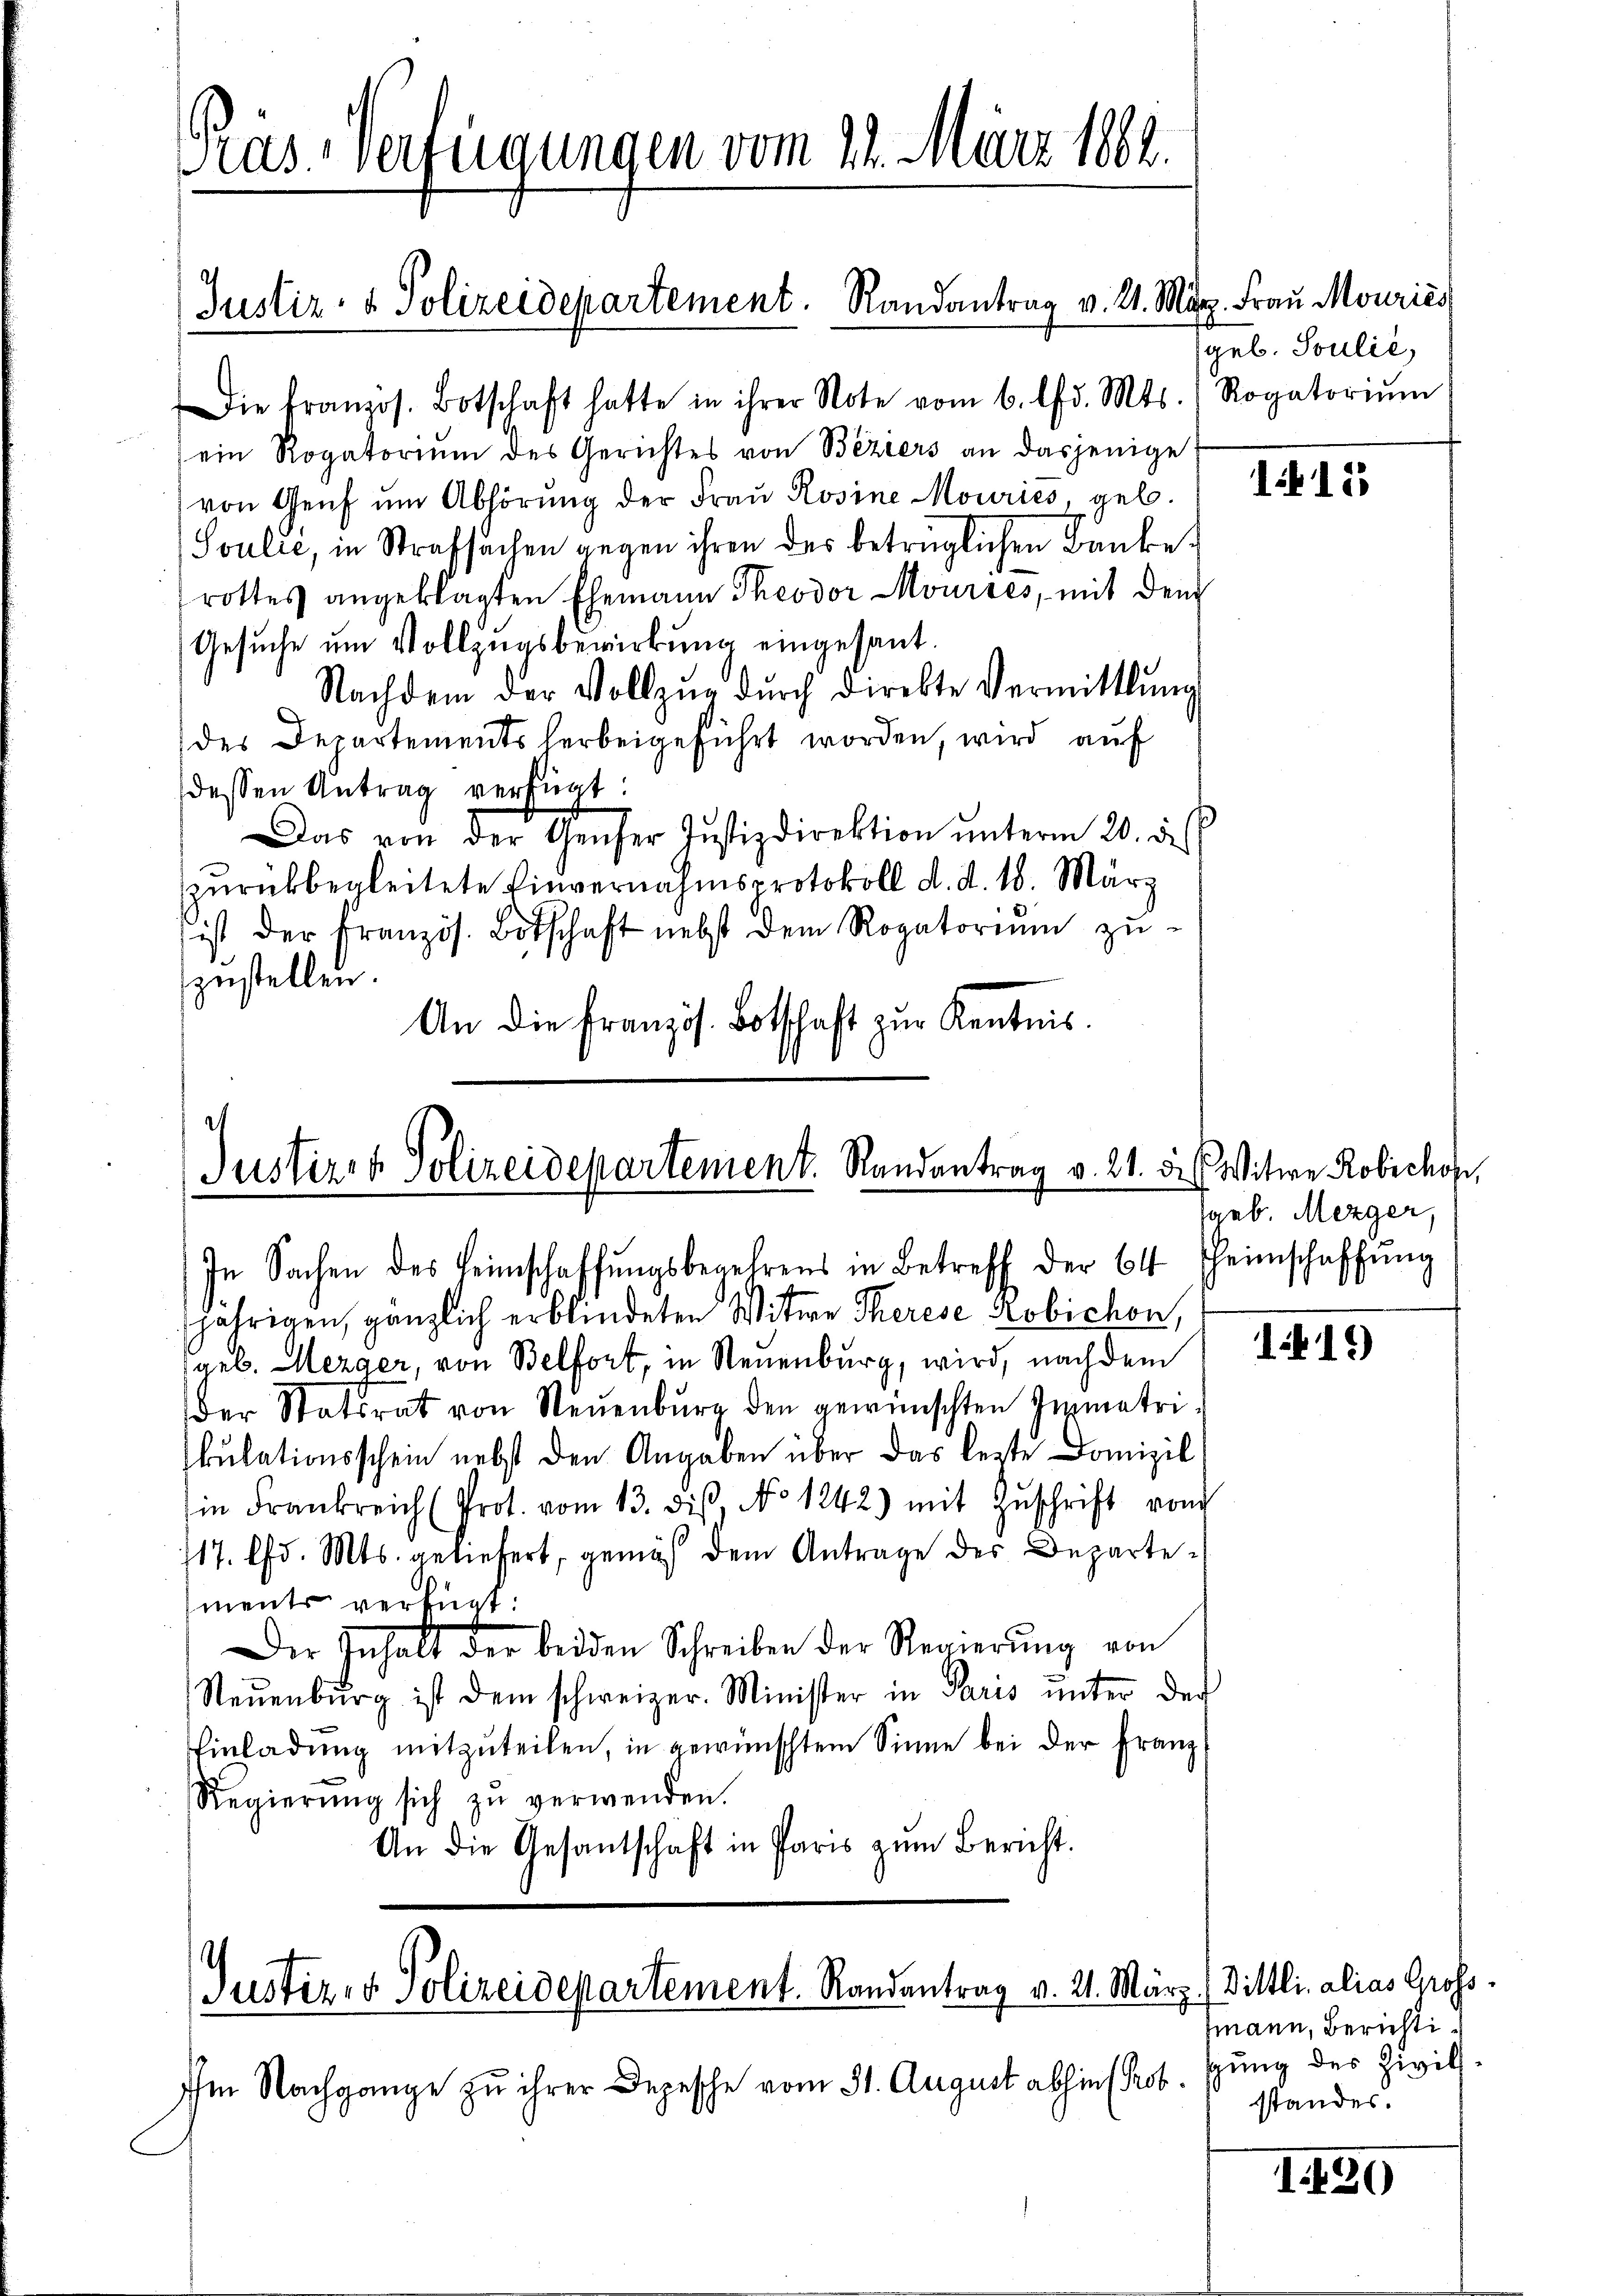
Die französ. Botschaft hatte in ihrer Note vom 6. lfd. Mts. (Rogatoriŭm
ein Rogatorium des Gerichtes von Beziers an dasjenige
von Genf ŭm Abhörung der Frau Rosine Mouries, geb.
Joulić, in Strafsachen gegen ihren des betrüglichen Banke
rottes angeklagten Ehemann Theodor Mourses, mit dem
Gesuche um Vollzugsbewirkung eingesant.
Nachdem der Vollzŭg dŭrch direkte Vermittlung
des Departements herbeigeführt worden, wird auf
dessen Antrag verfügt:
Das von der Genfer Justizdirektion ŭnterm 20. des
zurückbegleitete Einvernahmsprotokoll d. d. 18. März
ist der Französ. Botschaft nebst dem Rogatoriŭm zŭ-
zustellen.
An die Französ. Botschaft zur Kentnis.

ras verfügungen vom 22. März 1882.

(Justiz- & Polizeidepartement. Randantrag v. 21. März. Frau Mouries

2
Justiret Polizeidepartement. Randantrag v. 21. d. Witwe Robichof,
In Sachen des Heimschaffungsbegehrens in Betreff der 64 Heimschaffŭng

Justiz & Polizeidepartement. Randantrag v. 21. März (Vittli, alias Gross-

Im Nachgange zu ihrer Depesche vom 31. August abhin (Prot.

jährigen, gänzlich erblindeten Witwe Therese Robichon,
geb. Mezger, von Belfort, in Neuenburg, wird, nach dem
der Statsrat von Neuenburg den gewünschten Zimetrikulationsschein nebst den Angaben über das lezte Domizil
in Frankreich (Prot. vom 13. diβ, No 1242) mit Zŭschrift von
117. lfd. Mts. geliefert, gemäß dem Antrage des Departements verfügt:
Der Inhalt der beiden Schreiben der Regierŭng von
Neuenburg ist dem schweizer. Minister in Paris unter der
Einladung mitzuteilen, in gewünschtem Sinne bei der Franz
Regierŭng sich zŭ verwenden.
An die Gesantschaft in Paris zum Bericht.

geb. Soulić,

1125

(geb. Mezger,

1419)

fmann, Berichtigung des Zivils.
standes.

1130